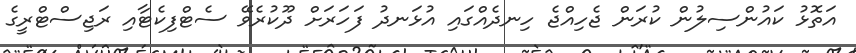
އަތޮޅު ކައުންސިލުން ކުރަން ޖެހިއްޖެ ހިނދެއްގައި އުޅަނދު ފަހަރަށް ދޫކުރެވޭ ސެޓްފިކެޓާއި ރަޖިސްޓްރީގެ